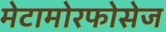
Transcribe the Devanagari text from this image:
मेटामोरफोसेज